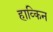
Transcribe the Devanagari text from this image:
हाव्किन